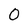
Character: O